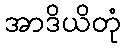
အာဒိယိတုံ